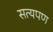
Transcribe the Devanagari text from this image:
सत्यपण